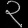
Digit: ၃